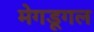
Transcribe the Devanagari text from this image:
मेगडूगल